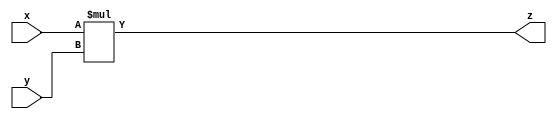
`timescale 1ns / 1ps
//////////////////////////////////////////////////////////////////////////////////
// Company: 
// Engineer: 
// 
// Design Name: 
// Module Name: Multiplier
// Project Name: 
// Target Devices: 
// Tool Versions: 
// Description: 
// 
// Dependencies: 
// 
// Revision:
// Revision 0.01 - File Created
// Additional Comments:
// 
//////////////////////////////////////////////////////////////////////////////////


module Multiplier #(parameter Data_Width = 32)(
    input [Data_Width - 1:0] x,
    input [Data_Width - 1:0] y,
    output reg [Data_Width - 1:0] z
    );
    always @ (x or y)
        begin
            z <= x * y;
        end
endmodule